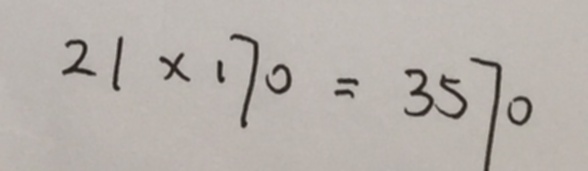
2 1 \times 1 7 0 = 3 5 7 0